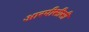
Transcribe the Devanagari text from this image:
आरपीसीसी